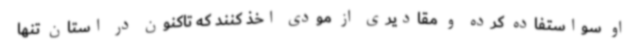
او سواستفاده کرده و مقادیری از مودی اخذ کنند که تاکنون در استان تنها